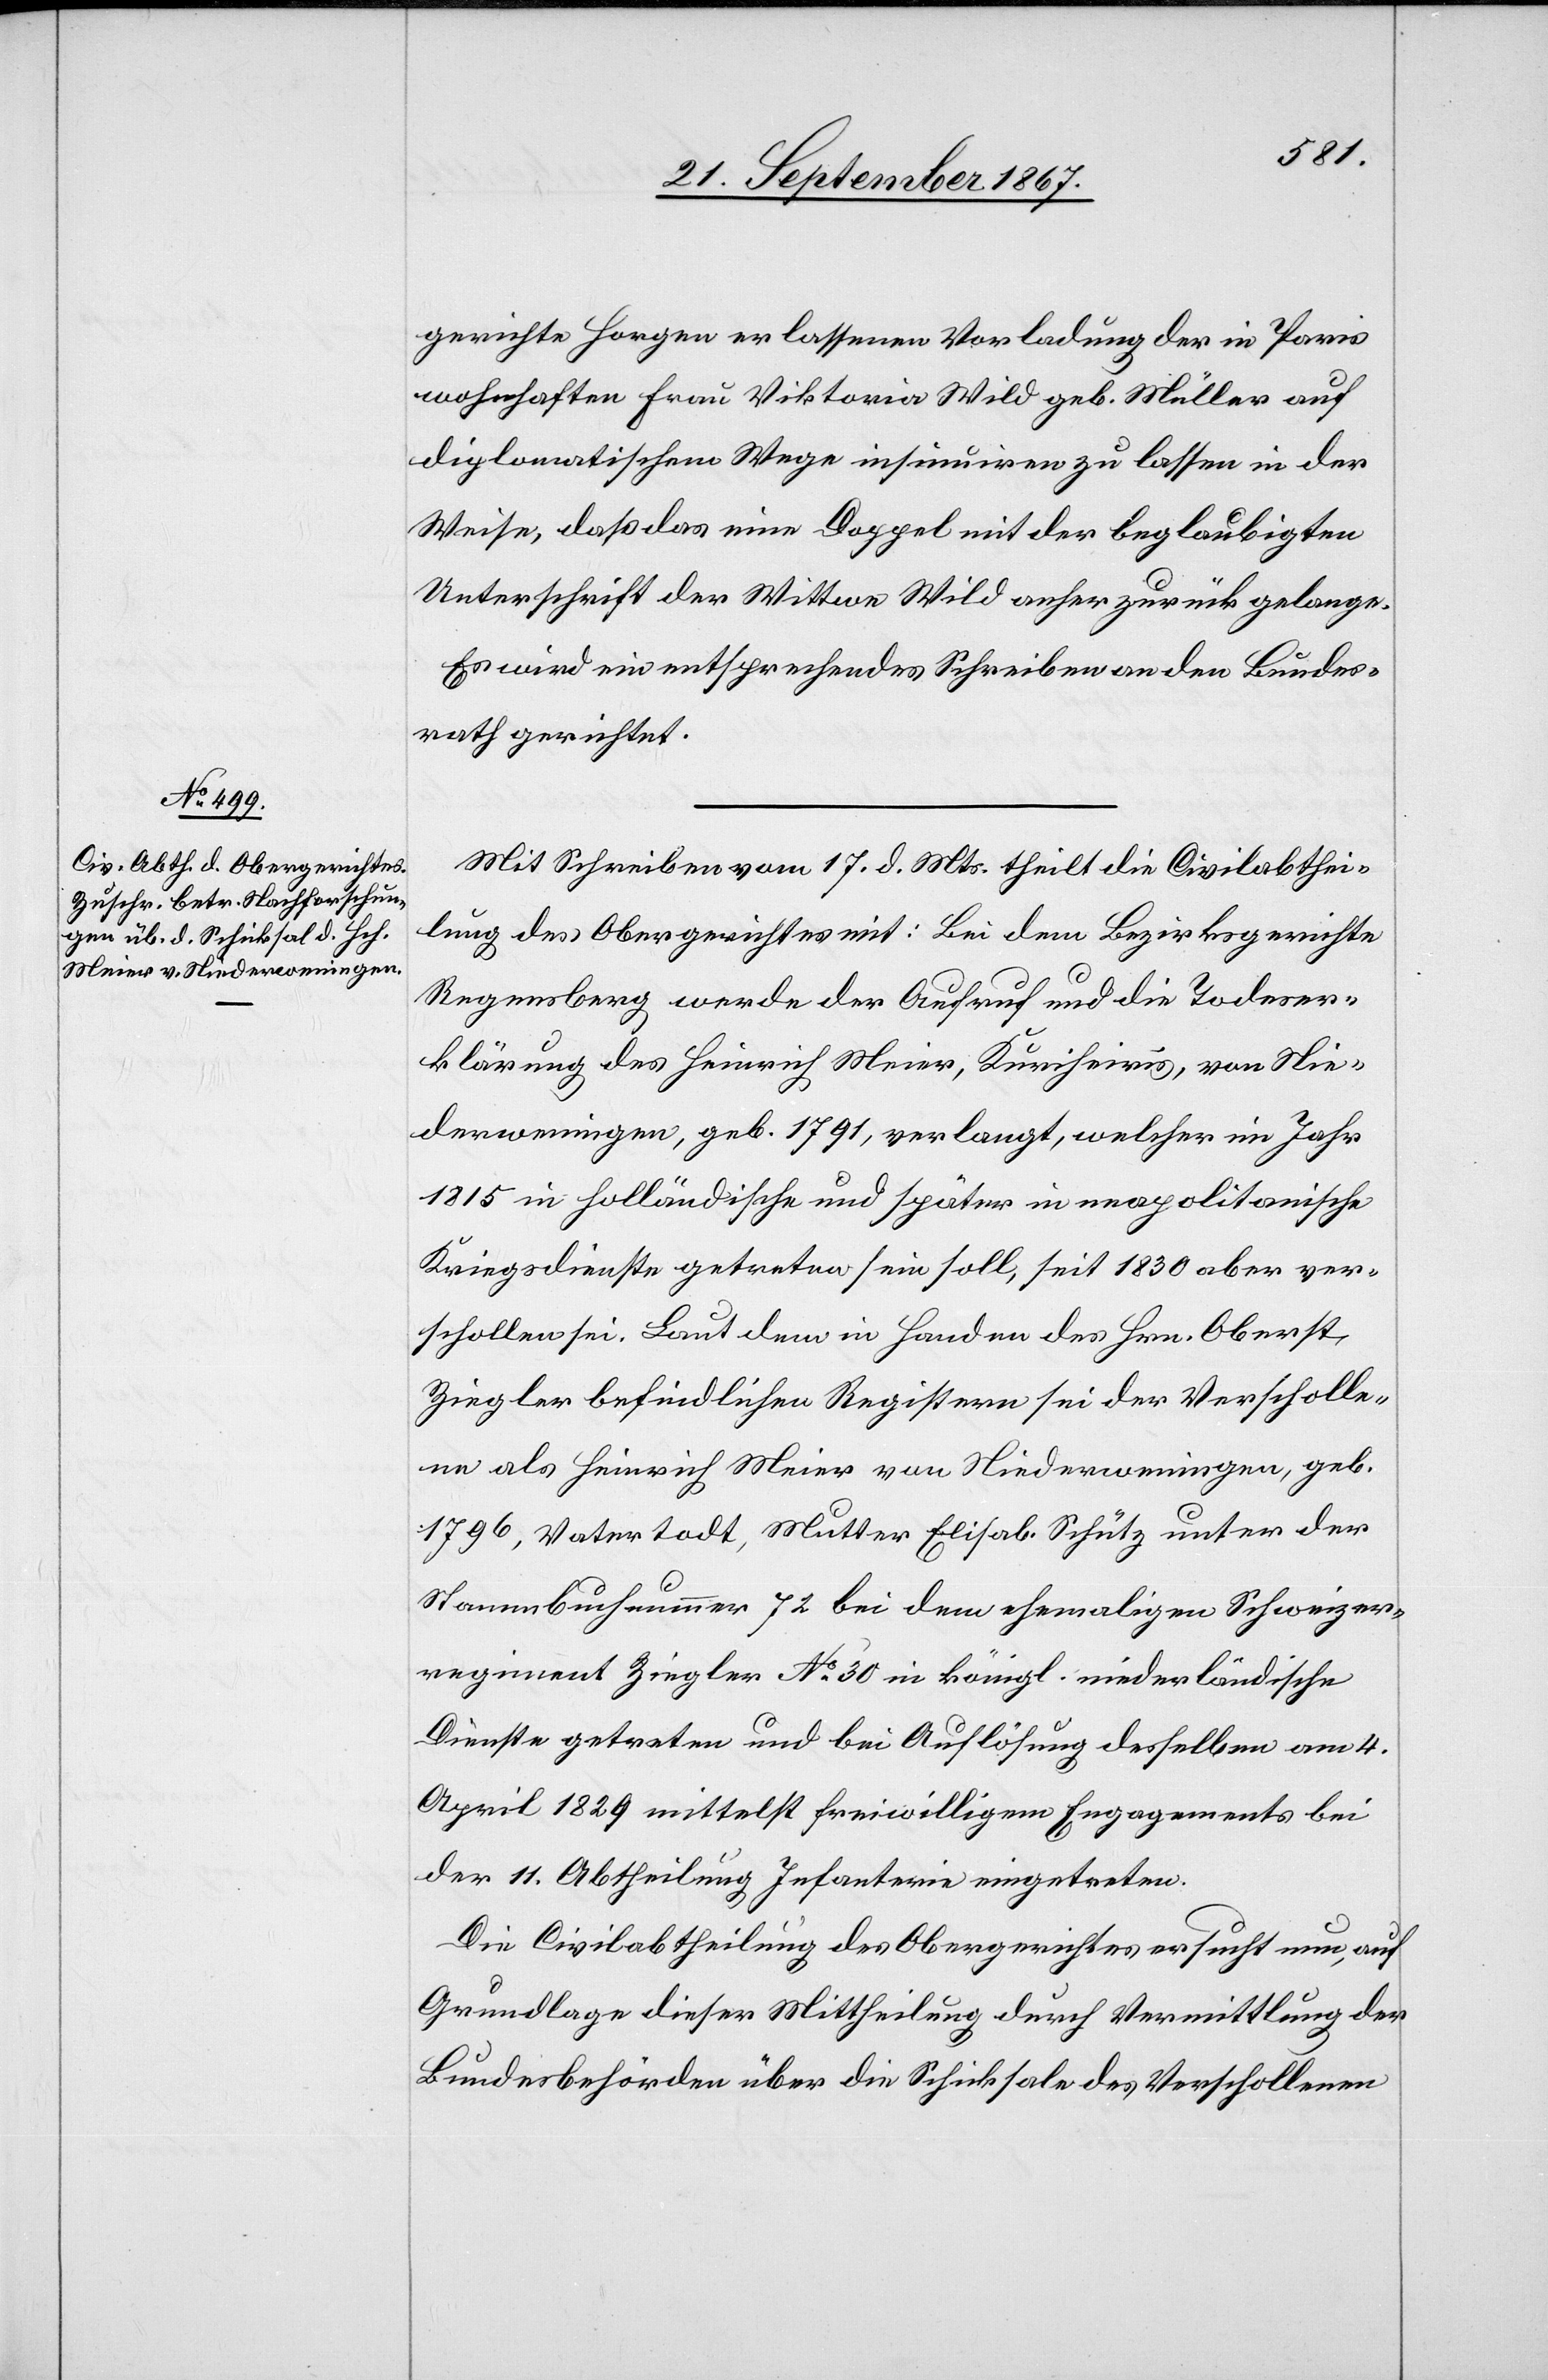
21. September 1867.]
gericht Horgen erlassenen Vorladung der in Paris
wohnhaften Frau Viktoria Wild geb. Müller auf
diplomatischem Wege insinuiren zu lassen in der
Weise, daß das eine Doppel mit der beglaubigten
Unterschrift der Wittwe Wild anher zurück gelange.
Es wird ein entsprechendes Schreiben an den Bundes¬
rath gerichtet.
Mit Schreiben vom 17. d. Mts. theilt die Civilabthei¬
lung des Obergerichtes mit: Bei dem Bezirksgerichte
Regensberg werde der Aufruf und die Todeser¬
klärung des Heinrich Meier, Kuriheiris, von Nie¬
derweningen, geb. 1791, verlangt, welcher im Jahr
1813 in holländische und später in neapolitanische
Kriegsdienste getreten sein soll, seit 1830 aber ver¬
schollen sei. Laut dem in Handen des Hrn. Oberst
Ziegler befindlichen Registern sei der Verscholle¬
ne als Heinrich Meier von Niederweningen, geb.
1796, Vater todt, Mutter Elisab. Schütz unter der
Stammbuchnummer 71 bei dem ehemaligen Schweizer¬
regiment Ziegler No. 30 in königl. niederländische
Dienste getreten und bei Auflösung desselben am 4.
April 1829 mittelst freiwilligem Engagements bei
der 11. Abtheilung Infanterie eingetreten.
Die Civilabtheilung des Obergerichtes ersucht nun, auf
Grundlage dieser Mittheilung durch Vermittlung der
Bundesbehörden über die Schicksale des Verschollenen